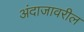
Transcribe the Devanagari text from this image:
अंदाजावरील